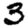
Digit: 3